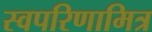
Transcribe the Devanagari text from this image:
स्वपरिणामित्र